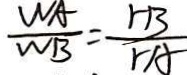
\frac { W _ { A } } { W _ { B } } = \frac { r B } { r A }